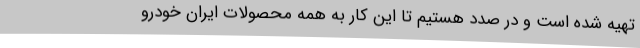
تهیه شده است و در صدد هستیم تا این کار به همه محصولات ایران خودرو